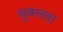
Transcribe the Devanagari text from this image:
मुक्त्तता